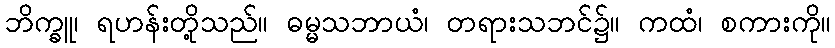
ဘိက္ခူ၊ ရဟန်းတို့သည်။ ဓမ္မသဘာယံ၊ တရားသဘင်၌။ ကထံ၊ စကားကို။